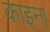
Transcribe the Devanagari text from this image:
काइना